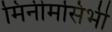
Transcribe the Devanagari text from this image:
मिनीमसिभी